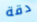
دقة